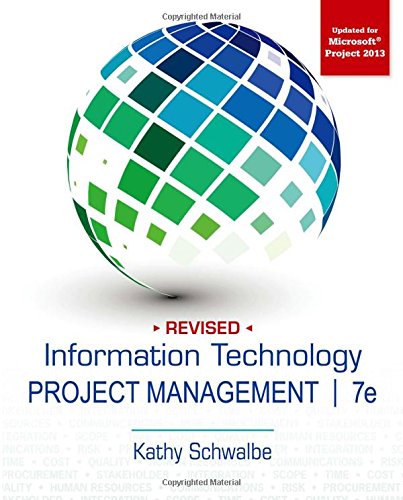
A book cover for Information Technology Project Management, Revised; Kathy Schwalbe; Engineering & Transportation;